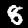
Label: 8